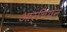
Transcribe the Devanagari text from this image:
आर्चियन